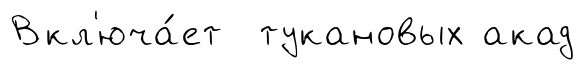
Вкл'юча́ет тукановых акад